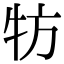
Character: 牥